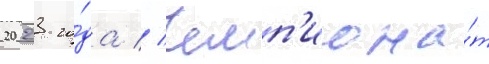
2023 го́да // Чемп'иона́т